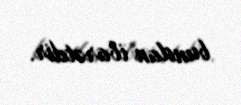
bundan ibarətdir.